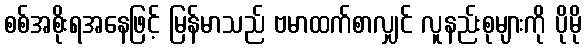
စစ်အစိုးရအနေဖြင့် မြန်မာသည် ဗမာထက်စာလျှင် လူနည်းစုများကို ပိုမို